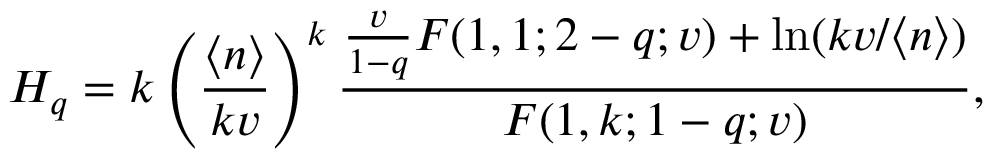
H _ { q } = k \left( \frac { \langle n \rangle } { k v } \right) ^ { k } \frac { \frac { v } { 1 - q } F ( 1 , 1 ; 2 - q ; v ) + \ln ( k v / \langle n \rangle ) } { F ( 1 , k ; 1 - q ; v ) } ,